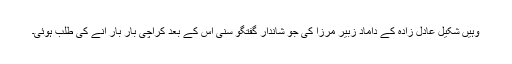
وہیں شکیل عادل زادہ کے داماد زبیر مرزا کی جو شاندار گفتگو سنی اس کے بعد کراچی بار بار آنے کی طلب ہوئی۔